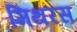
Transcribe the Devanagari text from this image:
मिथरस